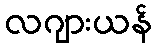
လဂျားယန်